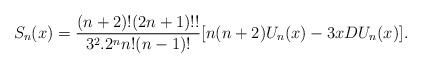
LaTeX: \begin{align*}S_{n}(x)=\frac{(n+2)!(2n+1)!!}{3^{2}.2^{n}n!(n-1)!}[n(n+2)U_{n}(x)-3x DU_{n}(x)].\end{align*}